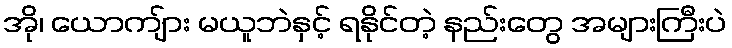
အို၊ ယောကျ်ား မယူဘဲနှင့် ရနိုင်တဲ့ နည်းတွေ အများကြီးပဲ